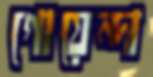
গোয়েন্দা